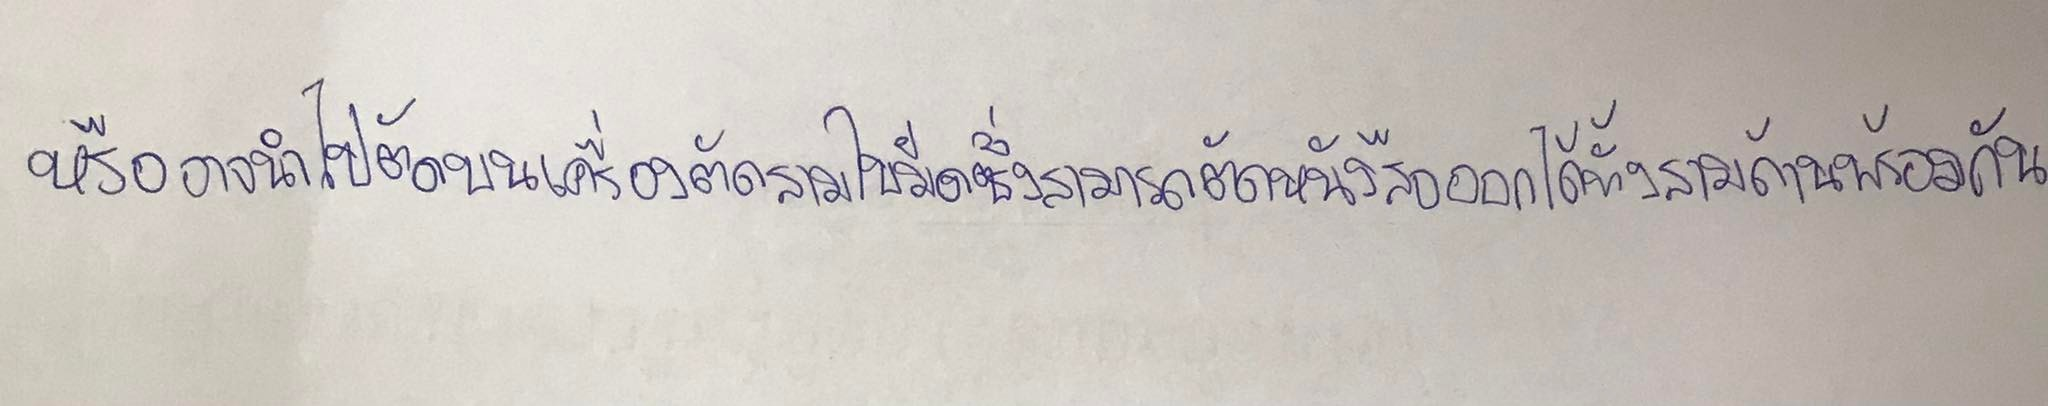
หรืออาจนำไปตัดบนเครื่องตัดสามใบมีดซึ่งสามารถตัดหนังสือออกได้ทั้งสามด้านพร้อมกัน